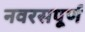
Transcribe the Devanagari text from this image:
नवरसपूर्ण